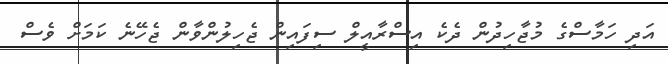
އަދި ހަމާސްގެ މުޖާހިދުން ދެކެ އިސްރާއީލް ސިފައިން ޖެހިލުންވާން ޖެހޭނެ ކަމަށް ވެސް